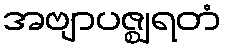
အဗျာပဇ္ဈရတံ